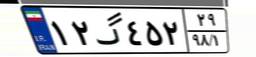
۱۲گ۴۵۲۲۹